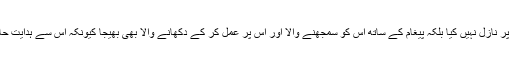
اللہ نے اپنے پیغام کو براہ راست اپنے بندوں پر نازل نہیں کیا بلکہ پیغام کے ساتھ اس کو سمجھنے والا اور اس پر عمل کر کے دکھانے والا بھی بھیجا کیونکہ اس سے ہدایت حاصل کرنا بنا نبی اور رسول کے ممکن نہیں۔